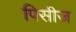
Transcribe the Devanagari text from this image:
पिसीज